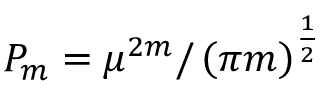
P _ { m } = \mu ^ { 2 m } / \left( \pi m \right) ^ { \frac { 1 } { 2 } }